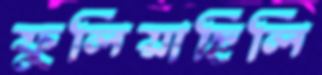
ফুলিয়াছিলি